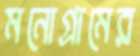
মনোগ্রামের